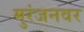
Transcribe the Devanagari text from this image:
मुरंजनवर